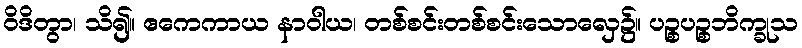
ဝိဒိတွာ၊ သိ၍။ ဧကေကာယ နာဝါယ၊ တစ်စင်းတစ်စင်းသောလှေ၌။ ပဉ္စပဉ္စဘိက္ခုသ